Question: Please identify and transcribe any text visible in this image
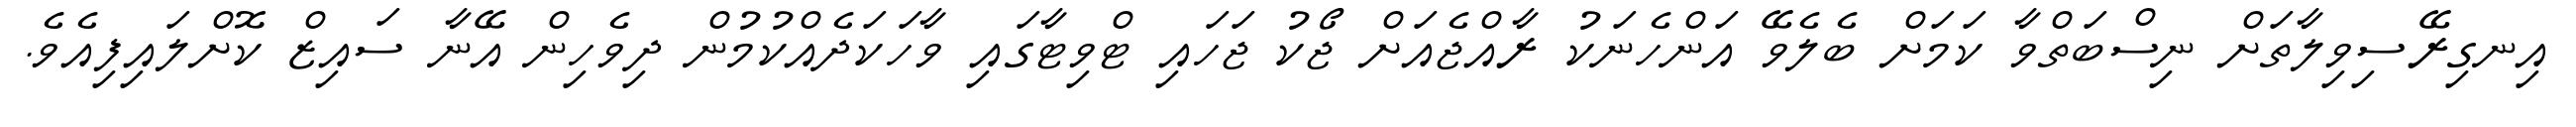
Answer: އިނގިރޭސިވިލާތަށް ނިސްބަތްވާ ކަމަށް ބެލެވޭ އަންހެނަކު ރާއްޖެއަށް ޖޯކު ޖަހައި ޓްވިޓާގައި ވާހަކަދެއްކުމުން ދިވެހިން އޭނާ ސައިޒް ކޮށްލައިފިއެވެ.